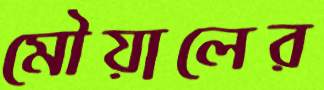
মৌয়ালের